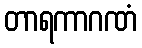
တာရကာဂဏံ